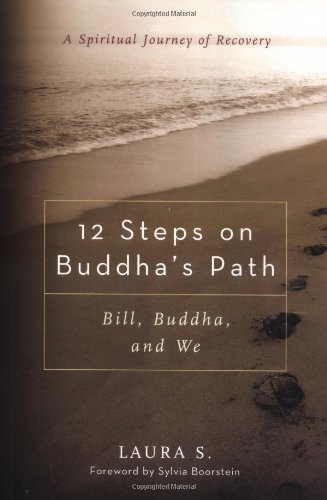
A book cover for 12 Steps on Buddha's Path: Bill, Buddha, and We; Laura S.; Religion & Spirituality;